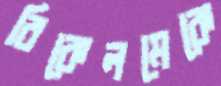
রিকেলমেকে